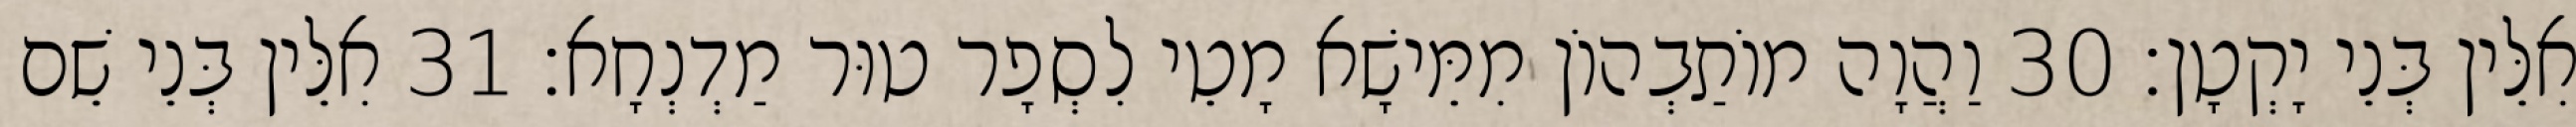
אִלֵּין בְּנֵי יָקְטָן׃ 30 וַהֲוָה מוֹתַבְהוֹן מִמֵּישָׁא מָטֵי לִסְפָר טוּר מַדְנְחָא׃ 31 אִלֵּין בְּנֵי שֵׁם